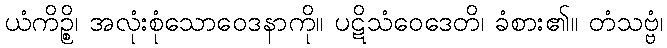
ယံကိဉ္စိ၊ အလုံးစုံသောဝေဒနာကို။ ပဋိသံဝေဒေတိ၊ ခံစား၏။ တံသဗ္ဗံ၊